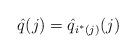
LaTeX: \begin{align*}\hat{q}(j) = \hat{q}_{i^*(j)}(j)\end{align*}